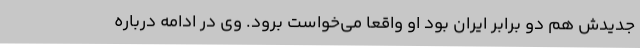
جدیدش هم دو برابر ایران بود او واقعا می‌خواست برود. وی در ادامه درباره